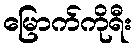
မြောက်ကိုရီး